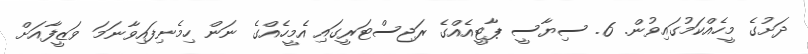
ދަށުގެ މީހެއްކަމުގައިވުން. 6. ސިޔާސީ ޕާޓީއެއްގެ ރަޖިސްޓަރީގައި އެމީހެއްގެ ނަން ހިމެނިފައިވާނަމަ ވަޒީފާއަށް